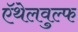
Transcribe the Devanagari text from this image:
ऍथेलवुल्फ